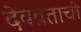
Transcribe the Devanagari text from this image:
देवव्रताची